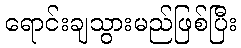
ရောင်းချသွားမည်ဖြစ်ပြီး